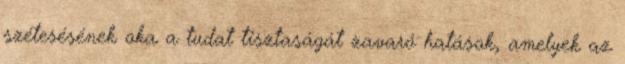
szétesésének oka a tudat tisztaságát zavaró hatások, amelyek az